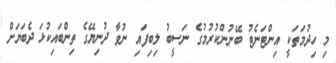
މި ހިދުމަތަކީ އިންޓަނެޓު ބޭނުންކުރުމުގެ ނަސީބު ލިބިފައި ނުވާ ދުނިޔޭގެ ތިންބައިކުޅަ ދެބަޔަށް